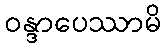
ဝန္ဒာပေဿာမိ